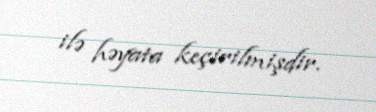
ilə həyata keçirilmişdir.